Indian journal of veterinary science and animal husbandry - Volume 6,
Year: 1936
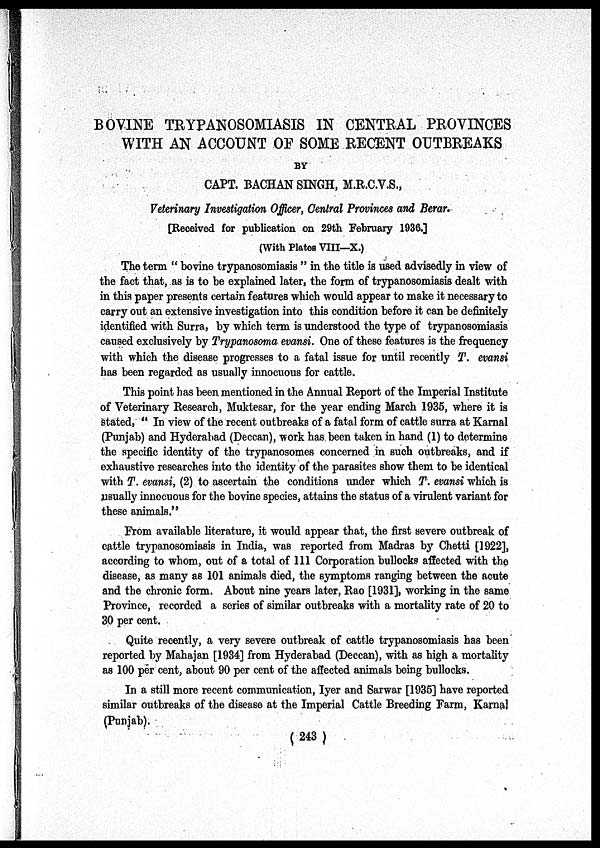
BOVINE TRYPANOSOMIASIS IN CENTRAL PROVINCES
WITH AN ACCOUNT OF SOME RECENT OUTBREAKS
BY
CAPT. BACHAN SINGH, M.R.C.V.S.,
Veterinary Investigation Officer, Central Provinces and Berar.
[Received for publication on 29th February 1936.]
(With Plates VIII—X.)
The term " bovine trypanosomiasis " in the title is used advisedly in view of
the fact that, as is to be explained later, the form of trypanosomiasis dealt with
in this paper presents certain features which would appear to make it necessary to
carry out an extensive investigation into this condition before it can be definitely
identified with Surra, by which term is understood the type of trypanosomiasis
caused exclusively by Trypanosoma evansi. One of these features is the frequency
with which the disease progresses to a fatal issue for until recently T. evansi
has been regarded as usually innocuous for cattle.
This point has been mentioned in the Annual Report of the Imperial Institute
of Veterinary Research, Muktesar, for the year ending March 1935, where it is
stated, " In view of the recent outbreaks of a fatal form of cattle surra at Karnal
(Punjab) and Hyderabad (Deccan), work has been taken in hand (1) to determine
the specific identity of the trypanosomes concerned in such outbreaks, and if
exhaustive researches into the identity of the parasites show them to be identical
with T. evansi, (2) to ascertain the conditions under which T. evansi which is
usually innocuous for the bovine species, attains the status of a virulent variant for
these animals."
From available literature, it would appear that, the first severe outbreak of
cattle trypanosomiasis in India, was reported from Madras by Chetti [1922],
according to whom, out of a total of 111 Corporation bullocks affected with the
disease, as many as 101 animals died, the symptoms ranging between the acute
and the chronic form. About nine years later, Rao [1931], working in the same
Province, recorded a series of similar outbreaks with a mortality rate of 20 to
30 per cent.
Quite recently, a very severe outbreak of cattle trypanosomiasis has been
reported by Mahajan [1934] from Hyderabad (Deccan), with as high a mortality
as 100 per cent, about 90 per cent of the affected animals being bullocks.
In a still more recent communication, Iyer and Sarwar [1935] have reported
similar outbreaks of the disease at the Imperial Cattle Breeding Farm, Karnal
(Punjab).
(243)